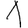
Digit: 1